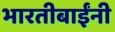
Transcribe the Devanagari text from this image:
भारतीबाईंनी